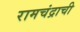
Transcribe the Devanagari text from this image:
रामचंद्राची